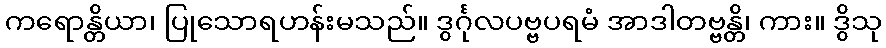
ကရောန္တိယာ၊ ပြုသောရဟန်းမသည်။ ဒွင်္ဂုလပဗ္ဗပရမံ အာဒါတဗ္ဗန္တိ၊ ကား။ ဒွိသု